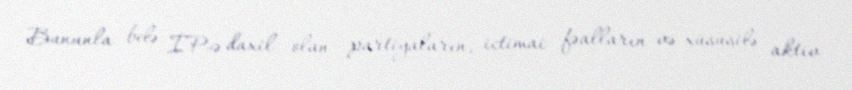
Bununla belə İP-ə daxil olan partiyaların, ictimai fəalların və xüsusilə aktiv